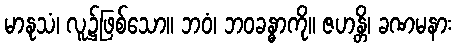
မာနုသံ၊ လူ၌ဖြစ်သော။ ဘဝံ၊ ဘဝခန္ဓာကို။ ဇဟန္တိ၊ ခဏမနား